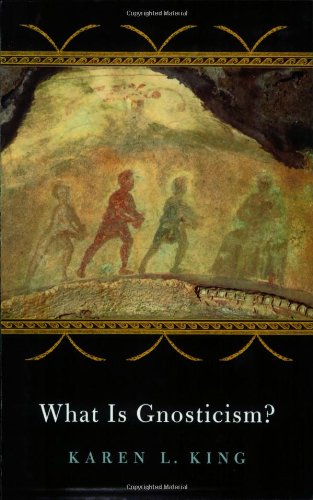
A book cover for What Is Gnosticism?; Karen L. King; Christian Books & Bibles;